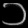
Digit: ၁